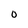
Character: O